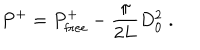
P ^ { + } = P _ { \mathrm { f r e e } } ^ { + } - { \frac { \pi } { 2 L } } D _ { 0 } ^ { 2 } \; .